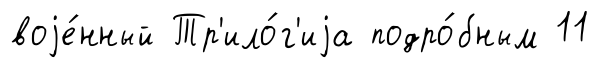
воjе́нный Тр'ило́г'иjа подро́бным 11